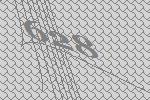
628